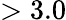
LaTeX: >3.0